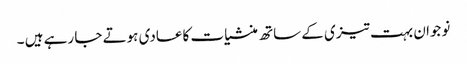
نوجوان بہت تیزی کے ساتھ منشیات کاعادی ہوتے جا رہے ہیں ۔